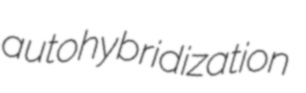
autohybridization